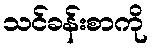
သင်ခန်းစာကို